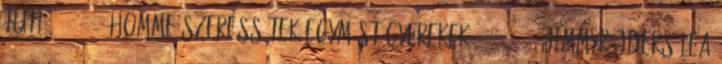
tuti 21:43:01 Homme Szeressétek egymást gyerekek. 21:43:07 Jimmyrájders Lea